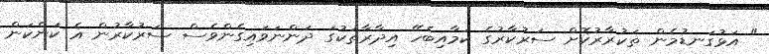
" އަޅުގަނޑުމެން ތަކުރާރުކޮށް ސަރުކާރުގެ ކަމާއިބެހޭ އިދާރާތަކުގަ ދަންނަވައިގެންވެސް ސަރުކާރުން އެ ކަންކަން